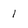
Character: 1